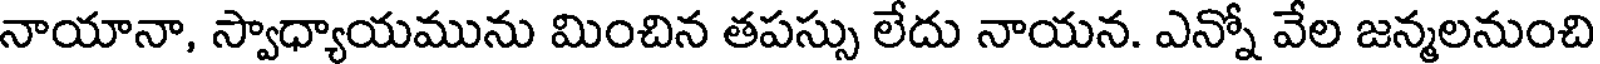
నాయానా, స్వాధ్యాయమును మించిన తపస్సు లేదు నాయన. ఎన్నో వేల జన్మలనుంచి